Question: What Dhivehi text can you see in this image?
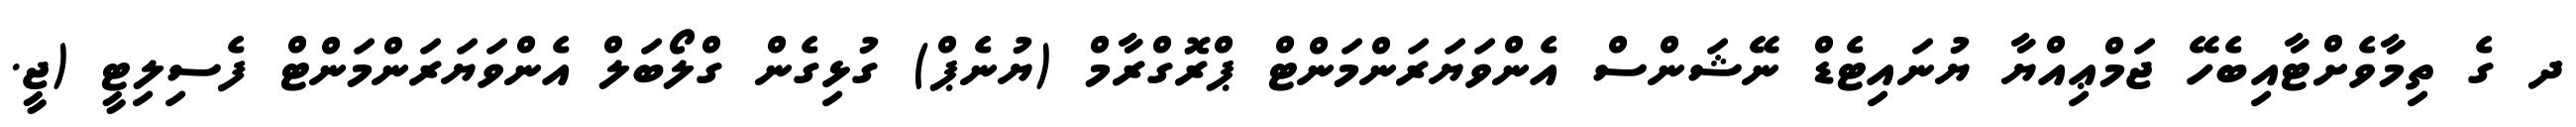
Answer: ދ ގެ ތިމާވެށްޓާއިބެހޭ ޖަމްޢިއްޔާ ޔުނައިޓެޑް ނޭޝަންސް އެންވަޔަރަންމަންޓް ޕްރޮގްރާމް (ޔުނެޕް) ގުޅިގެން ގްލޯބަލް އެންވަޔަރަންމަންޓް ފެސިލިޓީ (ޖީ.